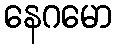
နေဂမော